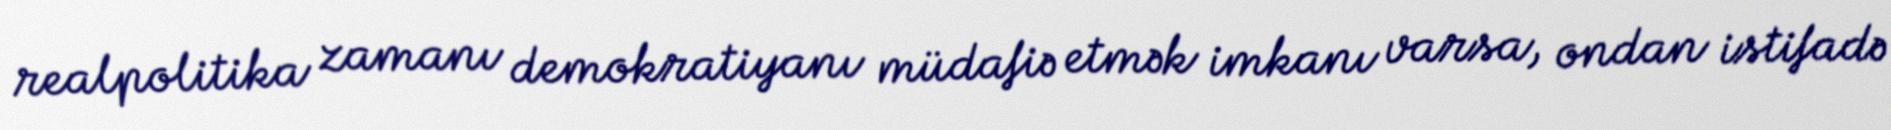
realpolitika zamanı demokratiyanı müdafiə etmək imkanı varsa, ondan istifadə